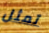
تمثل